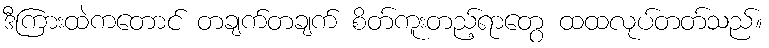
ဒီကြားထဲကတောင် တချက်တချက် စိတ်ကူးတည့်ရာတွေ ထထလုပ်တတ်သည်။